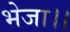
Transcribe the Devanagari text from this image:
भेजा।।